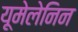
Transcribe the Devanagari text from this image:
यूमेलेनिन